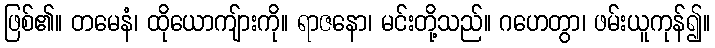
ဖြစ်၏။ တမေနံ၊ ထိုယောကျ်ားကို။ ရာဇနော၊ မင်းတို့သည်။ ဂဟေတွာ၊ ဖမ်းယူကုန်၍။